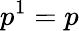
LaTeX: p^{1}=p